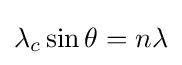
\lambda _{c}\sin \theta =n\lambda \,\!